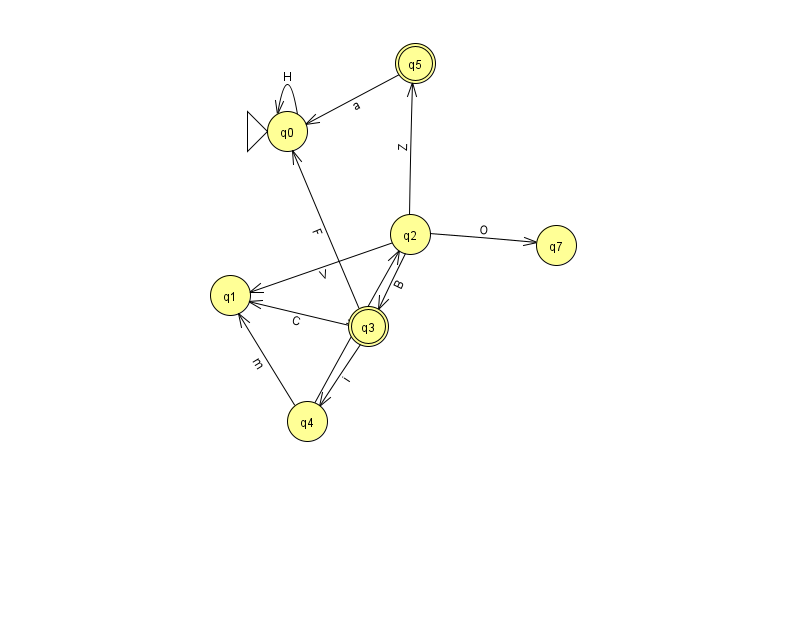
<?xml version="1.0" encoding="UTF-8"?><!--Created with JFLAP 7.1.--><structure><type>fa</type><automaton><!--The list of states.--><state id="0" name="q0"><x>287.0</x><y>118.0</y><initial/></state><state id="1" name="q1"><x>230.0</x><y>282.0</y></state><state id="2" name="q2"><x>410.0</x><y>221.0</y></state><state id="3" name="q3"><x>368.0</x><y>313.0</y><final/></state><state id="4" name="q4"><x>307.0</x><y>408.0</y></state><state id="5" name="q5"><x>415.0</x><y>50.0</y><final/></state><state id="7" name="q7"><x>556.0</x><y>232.0</y></state><!--The list of transitions.--><transition><from>2</from><to>1</to><read>V</read></transition><transition><from>2</from><to>7</to><read>O</read></transition><transition><from>2</from><to>3</to><read>B</read></transition><transition><from>4</from><to>1</to><read>m</read></transition><transition><from>3</from><to>4</to><read>i</read></transition><transition><from>3</from><to>1</to><read>C</read></transition><transition><from>0</from><to>0</to><read>H</read></transition><transition><from>4</from><to>2</to><read>v</read></transition><transition><from>2</from><to>5</to><read>Z</read></transition><transition><from>3</from><to>0</to><read>F</read></transition><transition><from>5</from><to>0</to><read>a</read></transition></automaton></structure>